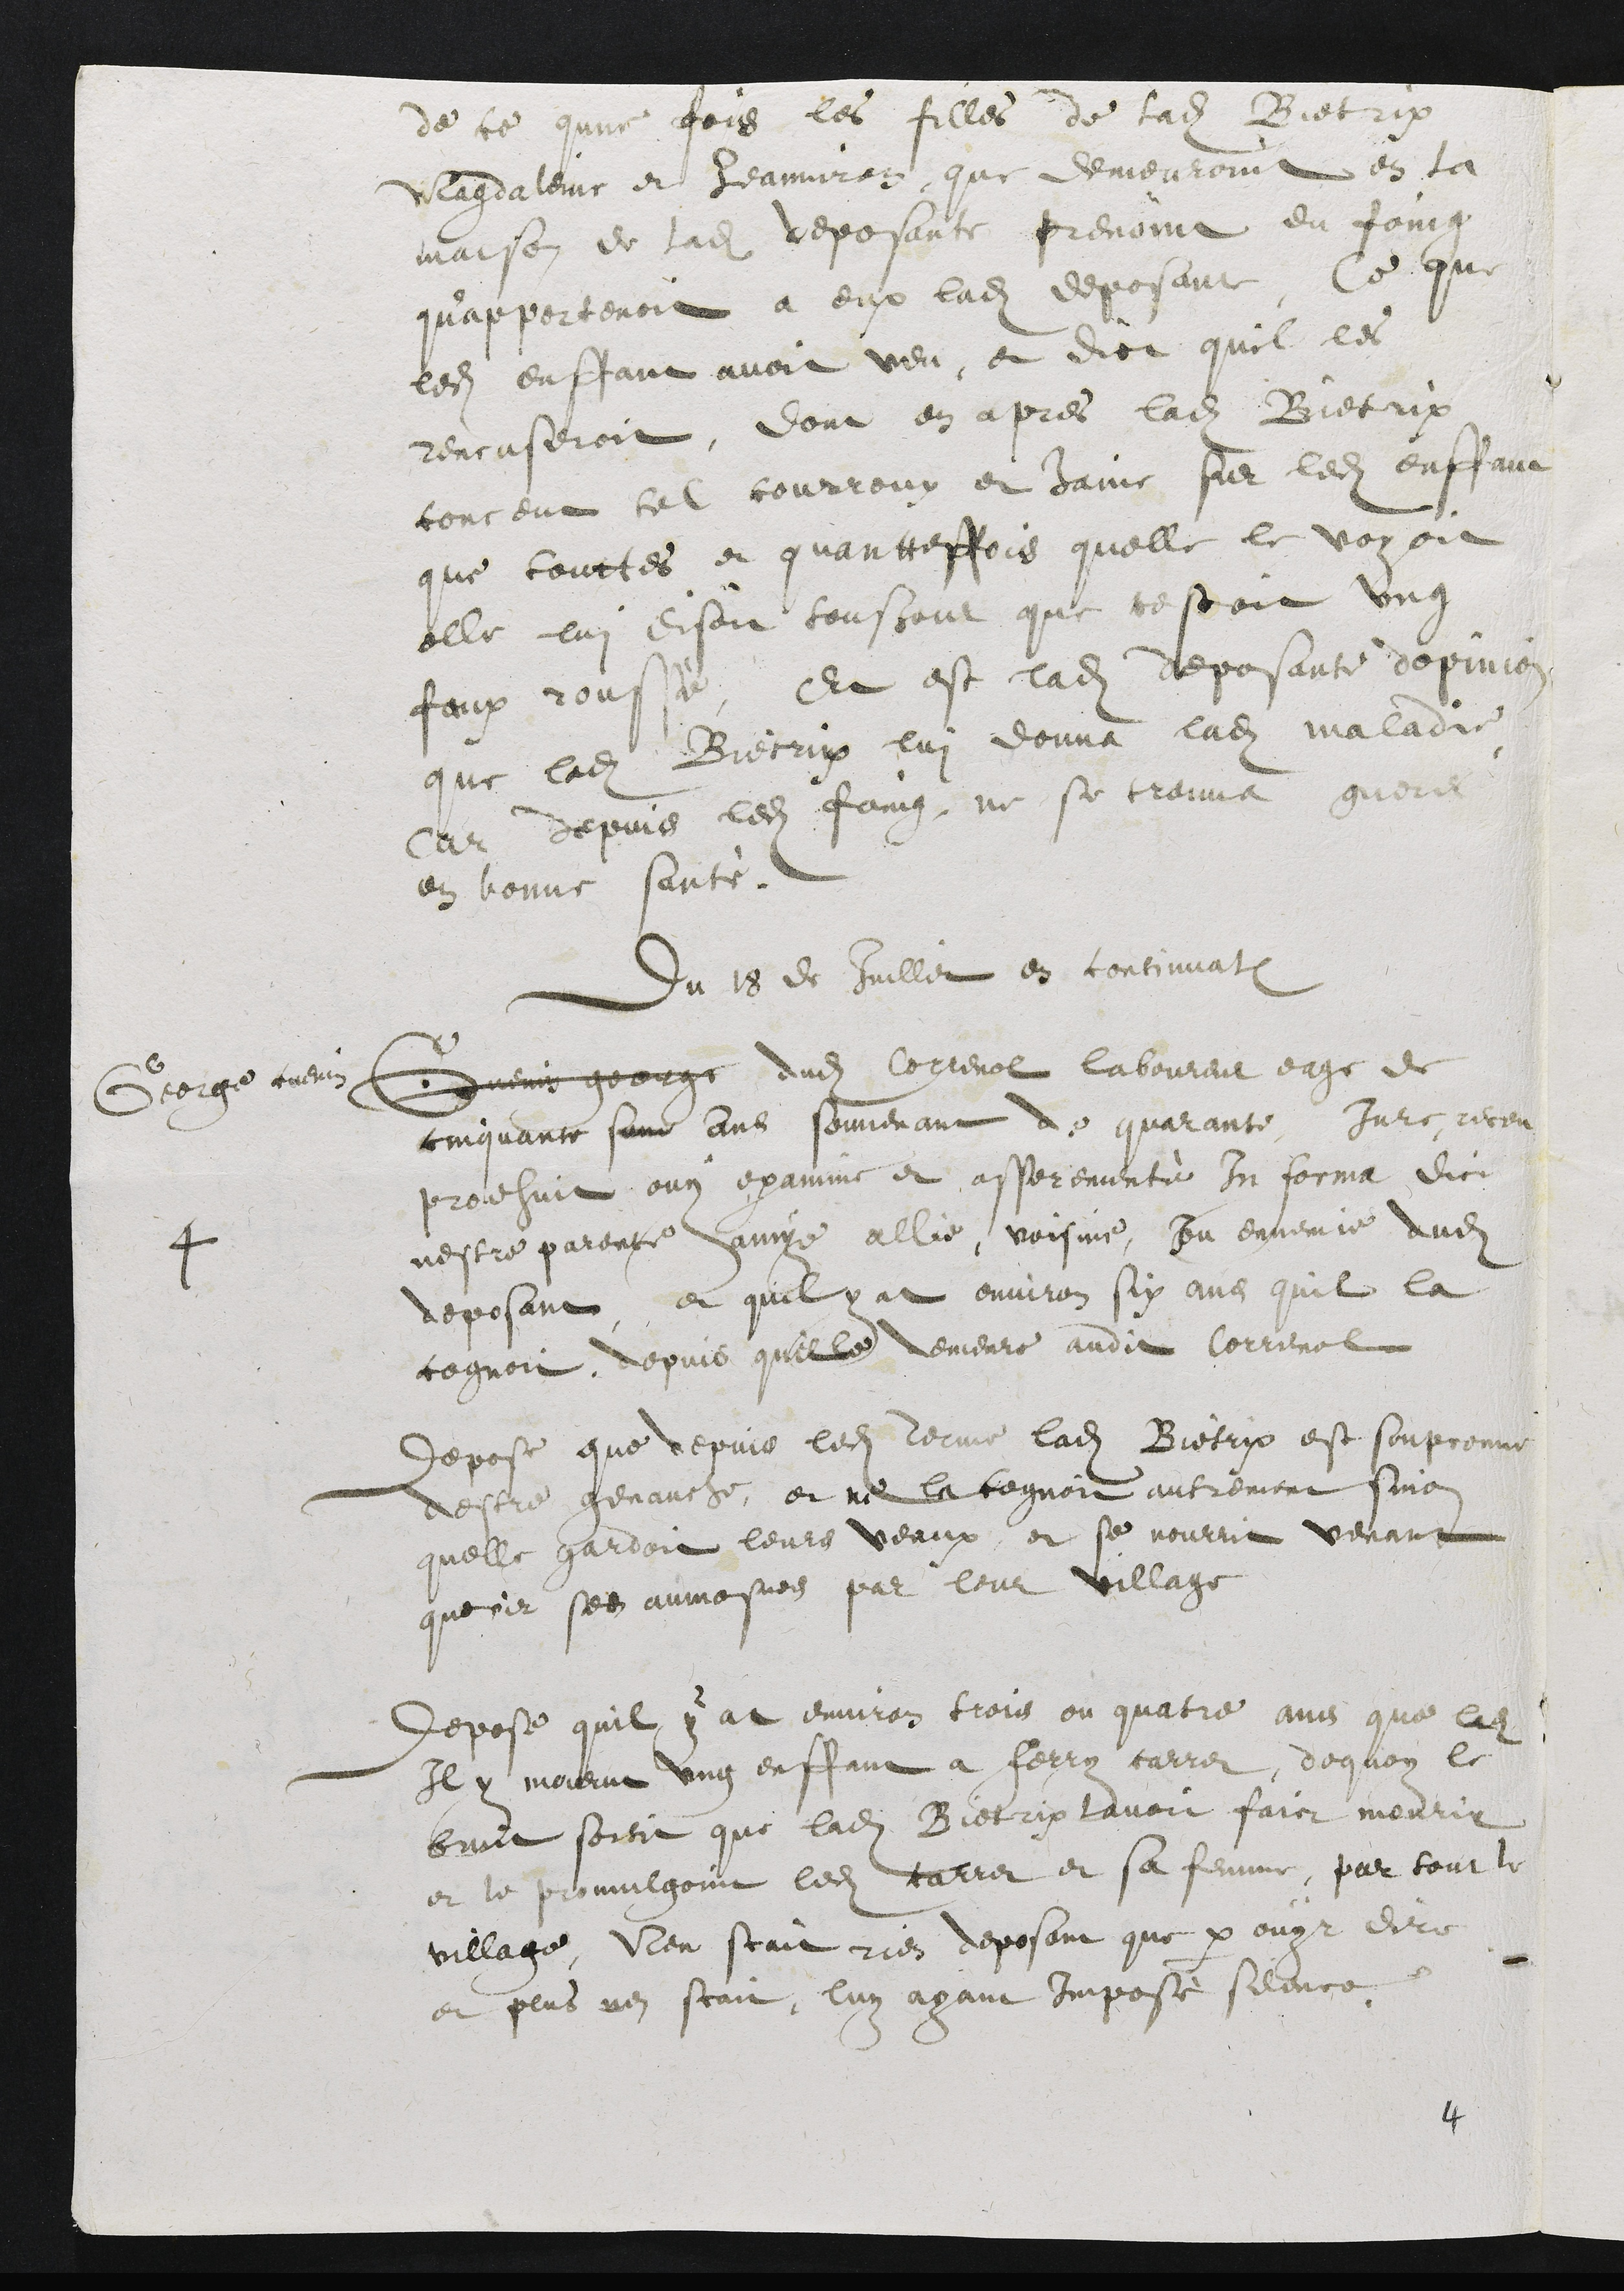
de ce qune fois les filles de ladite Bietrix
Magdaleine et Jeanniron que demeuroint en la
maison de ladite deposante prenoint du foing
qu'apportenoit a eux ladite deposant. Ce que
ledit enffant avoit veu, et dict quil les
rencuseroit, dont en apres ladite Bietrix
conceut tel courroux et haine sur ledit enffant
que touttes et quantteffois quelle le voyoit
elle lui disoit tousjour que sestoit ung
faux rousse, Et est ladite deposante dopinion
que ladite Bietrix lui donna ladite maladie
Car depuis ledit foing, ne se trouva guere
en bonne santé.
Du 18 de Juillet en continuation
4
George cuenin Guenin george dudit Correnol laboureur eage de
cinquante son ans souvenant de quarante, Jure, receu
prodhuit ouy examine et asserementé In forma dict
nestre parente amye allie, voisine, ou ennemie dudit
deposant et quil y at environ six ans quil la
cognoit, depuis quelle demeure audit Correnol
Depose que depuis ledit terme ladite Bietrix est soupconné
destre genauche, et ne la cognoit autrement sinon
quelle gardoit leurs veaux, et se nourrit venant
querir ses aumosnes par leur village
Depose quil y at environ trois ou quatre ans que ledit
Il y mourut ung enffant a Ferry carrer, dequoy le
bruit sortit que ladite Bietrix lavoit faict mourir
et le promulgoint ledit carrer et sa femme, par tout le
village, Nen scait rien deposant que par ouyr dire
et plus nen scait, luy ayant imposé sience,

4